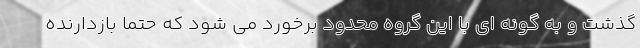
گذشت و به گونه ای با این گروه محدود برخورد می شود که حتما بازدارنده